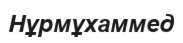
Нұрмұхаммед